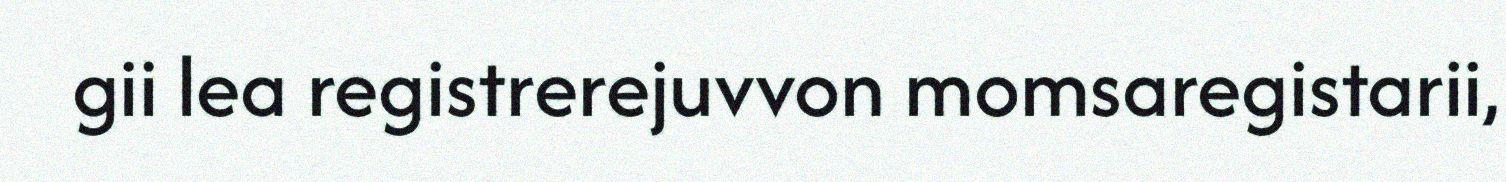
gii lea registrerejuvvon momsaregistarii,